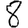
Digit: 8